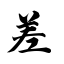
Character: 差